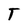
Character: T